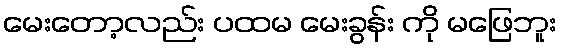
မေးတော့လည်း ပထမ မေးခွန်း ကို မဖြေဘူး